Civil Veterinary Dept. Bombay admin report 1907-1913 - 1907-1913
Year: 1907
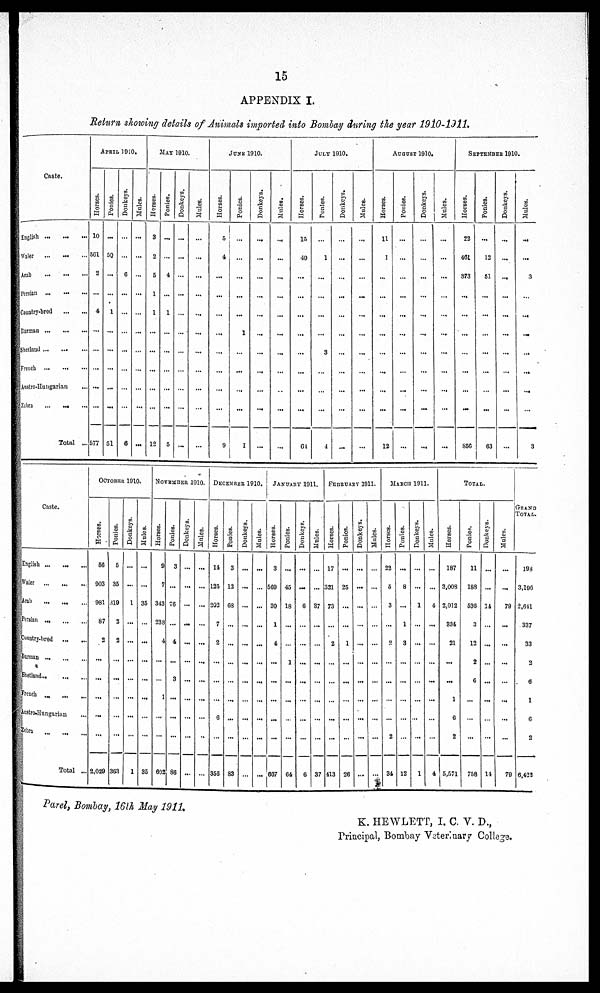
15
APPENDIX I.
Return slowing details of Animals imported into Bombay during the year 1910-1911.
Caste.
English
...
...
...
Waler
Arab
Persian
...
...
...
Country-bred
...
...
Burman
...
...
...
Shetland
...
...
...
French
...
...
...
Austro-Hungarian ...
Zebra
...
...
...
Total ...
APRIL
1910.
Horses.
10
561
2
...
4
...
...
...
...
...
577
Ponies.
...
50
...
...
1
...
...
...
...
...
51
Donkeys.
...
...
6
...
...
...
...
...
...
...
6
Mules.
...
...
...
...
...
...
...
...
...
...
...
MAY
1910
Horses.
...
...
...
...
...
...
...
...
...
...
12
Ponies.
...
...
4
...
1
...
...
...
...
...
5
Donkeys.
...
...
...
...
...
...
...
...
...
...
...
Mules.
...
...
...
...
...
...
...
...
...
...
...
JUNE 1910.
Horses.
5
4
...
...
...
...
...
...
...
...
9
Ponies.
...
...
...
...
...
1
...
...
...
...
1
Donkeys.
...
...
...
...
...
...
...
...
...
...
...
Mules.
...
...
...
...
...
...
...
...
...
...
...
JULY
1910.
Horses.
15
40
...
...
...
...
...
...
...
...
64
Ponies.
...
1
...
...
...
...
3
...
...
...
4
Donkeys.
...
...
...
...
...
...
...
...
...
...
...
Mules.
...
...
...
...
...
...
...
...
...
...
...
AUGUST
1910.
Horses.
11
1
...
...
...
...
...
...
...
...
12
Ponies.
...
...
...
...
...
...
...
...
...
...
...
Donkeys.
...
...
...
...
...
...
...
...
...
...
...
Mules.
...
...
...
...
...
...
...
...
...
...
...
SEPTEMBER
1910.
Horses.
22
401
373
...
...
...
...
...
...
...
856
Ponies.
...
12
51
...
...
...
...
...
...
...
63
Donkeys.
...
...
...
...
...
...
...
...
...
...
...
Mules.
...
...
3
...
...
...
...
...
...
...
3
Caste.
English
Waler ... ... ...
Arab
Persian
...
...
...
Country-bred
...
...
Burman
...
...
...
Shetland
...
...
...
French
...
...
...
Austro-Hungarian ...
Zebra
...
...
...
Total ...
OCTOBER 1910.
Horses.
50
903
981
87
2
...
...
...
...
...
2,029
Ponies.
5
35
319
2
2
...
...
...
...
...
363
Donkeys.
...
1
...
...
...
...
...
...
...
1
Mules.
...
...
35
...
...
...
...
...
...
...
35
NOVEMBER 1910.
Horses.
9
7
343
238
4
...
...
1
...
...
602
Ponies.
3
...
76
...
4
...
3
...
...
...
86
Donkeys.
...
...
...
...
...
...
...
...
...
...
Mules.
...
...
...
...
...
...
...
...
...
...
DECEMBER 1910.
Horses.
14
123
202
7
2
...
...
...
6
...
356
Ponies.
3
12
03
...
...
...
...
...
...
...
83
Donkeys.
...
...
...
...
...
...
...
...
...
...
...
Mules.
...
...
...
...
...
...
...
...
...
...
JANUARY 1911.
Horses.
3
569
30
1
4
...
...
...
...
...
607
Ponies.
...
45
18
...
...
1
...
...
...
...
64
Donkeys.
...
...
6
...
...
...
...
...
...
...
6
Mules.
37
...
...
...
...
...
...
...
37
FEBRUARY 1911.
Horses.
17
321
73
...
2
...
...
...
...
...
413
Ponies.
...
25
...
...
1
...
...
...
...
...
26
Donkeys.
...
...
...
...
...
...
...
...
...
...
...
Mules.
...
...
...
...
...
...
...
...
...
...
...
MARCH 1911.
Horses.
22
5
3
...
2
...
...
...
...
2
34
Ponies.
...
8
...
1
3
...
...
...
...
...
12
Donkeys.
...
...
1
...
...
...
...
...
...
...
1
Mules.
...
...
4
...
...
...
...
...
...
...
4
TOTAL.
Horses.
187
3,008
2,012
334
21
...
...
1
6
2
5,571
Ponies.
11
188
536
3
12
2
6
...
...
...
758
Donkeys.
...
...
14
...
...
...
...
...
...
...
11
Mules.
...
...
79
...
...
...
...
...
...
...
79
GRAND
TOTAL.
198
3,196
2,641
337
33
2
6
1
6
2
6,422
Parel, Bombay, 16th May 1911.
K. HEWLETT, I. C. V. D.,
Principal, Bombay Veterinary College.